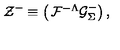
{ \cal Z } ^ { - } \equiv \left( \begin{matrix} { { \cal F } ^ { - \Lambda } } \\ { { \cal G } _ { \Sigma } ^ { - } } \\ \end{matrix} \right) ,